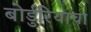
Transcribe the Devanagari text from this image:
बोर्डुरियाचा